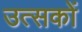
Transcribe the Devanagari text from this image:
उत्सकों